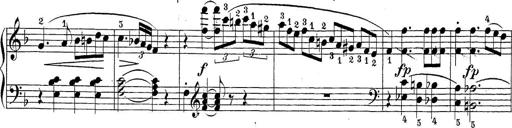
Title: Sonatina Album
Composer: Louis KÃ¶hler